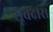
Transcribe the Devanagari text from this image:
सूबेदार।